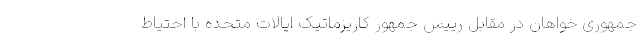
جمهوری خواهان در مقابل رییس جمهور کاریزماتیک ایالات متحده با احتیاط